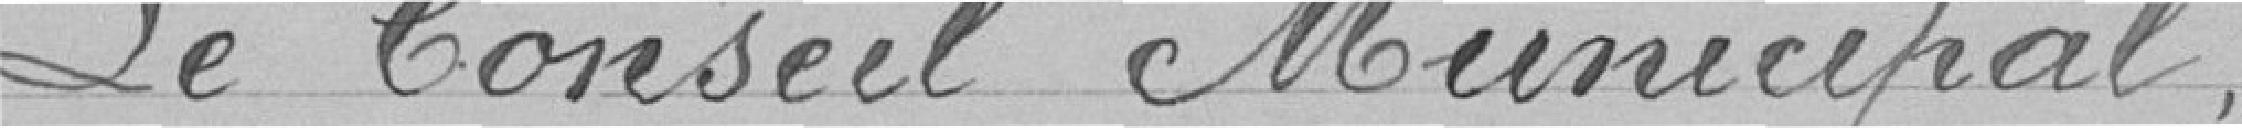
Le Conseil Municipal